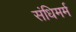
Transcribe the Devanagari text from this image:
संधिमर्म